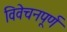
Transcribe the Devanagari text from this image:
विवेचनपूर्ण